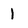
Character: 1